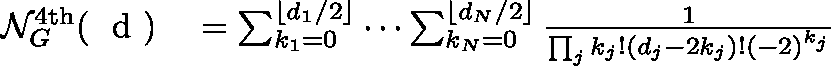
\begin{array} { r l } { \mathcal { N } _ { G } ^ { \mathrm { 4 t h } } ( \mathrm { ~ \boldmath ~ d ~ } ) } & { { } = \sum _ { k _ { 1 } = 0 } ^ { \lfloor d _ { 1 } / 2 \rfloor } \cdots \sum _ { k _ { N } = 0 } ^ { \lfloor d _ { N } / 2 \rfloor } \frac { 1 } { \prod _ { j } k _ { j } ! ( d _ { j } - 2 k _ { j } ) ! ( - 2 ) ^ { k _ { j } } } } \end{array}